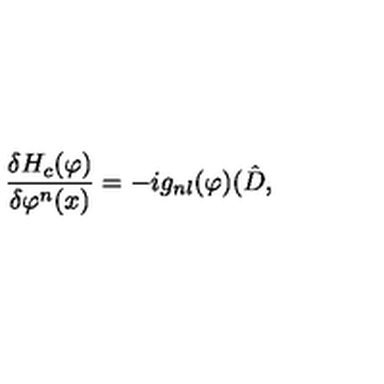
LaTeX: \frac { \delta H _ { c } ( \varphi ) } { \delta \varphi ^ { n } ( x ) } = - i g _ { n l } ( \varphi ) ( \hat { D } ,